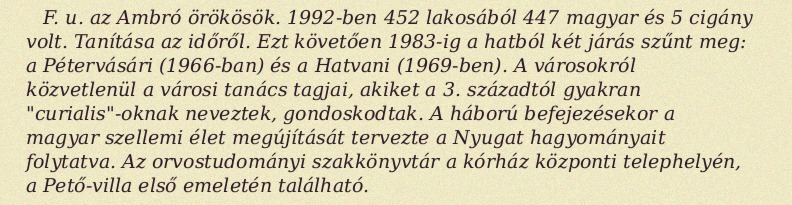
F. u. az Ambró örökösök. 1992-ben 452 lakosából 447 magyar és 5 cigány volt. Tanítása az időről. Ezt követően 1983-ig a hatból két járás szűnt meg: a Pétervásári (1966-ban) és a Hatvani (1969-ben). A városokról közvetlenül a városi tanács tagjai, akiket a 3. századtól gyakran "curialis"-oknak neveztek, gondoskodtak. A háború befejezésekor a magyar szellemi élet megújítását tervezte a Nyugat hagyományait folytatva. Az orvostudományi szakkönyvtár a kórház központi telephelyén, a Pető-villa első emeletén található.